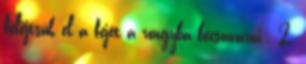
felejtsük el a fejét a rongyba becsavarni . 2.